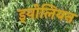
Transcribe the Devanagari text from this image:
इयोलियन